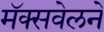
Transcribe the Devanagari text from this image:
मॅक्सवेलने